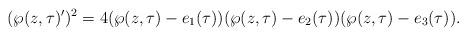
LaTeX: \begin{align*}(\wp(z,\tau)')^2= 4 (\wp(z,\tau)-e_1(\tau)) (\wp(z,\tau)-e_2(\tau)) (\wp(z,\tau)-e_3(\tau)).\end{align*}